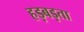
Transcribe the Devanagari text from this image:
हड़बड़ता